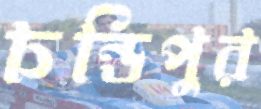
চন্ডিপুর